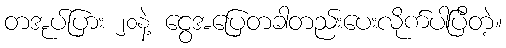
တအုပ်ပြား ၂၀နဲ့ ငွေအပြေတခါတည်းပေးလိုက်ပါပြီတဲ့။